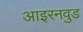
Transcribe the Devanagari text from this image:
आइरनवुड